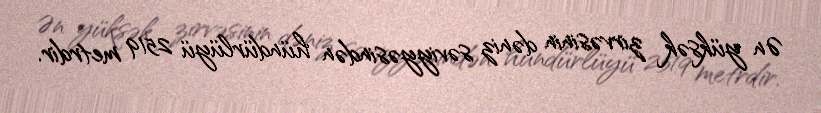
Ən yüksək zirvəsinin dəniz səviyyəsindən hündürlüyü 2519 metrdir.